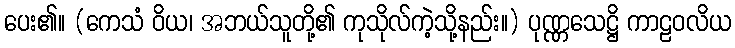
ပေး၏။ (ကေသံ ဝိယ၊ အဘယ်သူတို့၏ ကုသိုလ်ကဲ့သို့နည်း။) ပုဏ္ဏသေဋ္ဌိ ကာဠဝလိယ